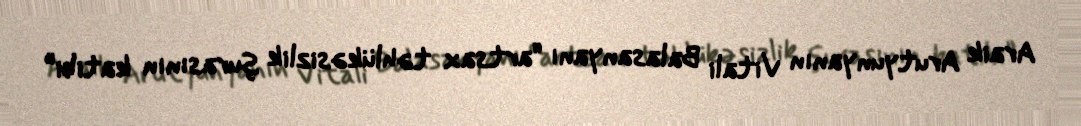
Araik Arutyunyanın Vitali Balasanyanı “artsax təhlükəsizlik şurasının katibi”